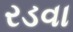
રડવા